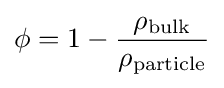
\phi =1-{\frac {\rho _{\text{bulk}}}{\rho _{\text{particle}}}}